Indian journal of veterinary science and animal husbandry - Volume 12,
Year: 1942
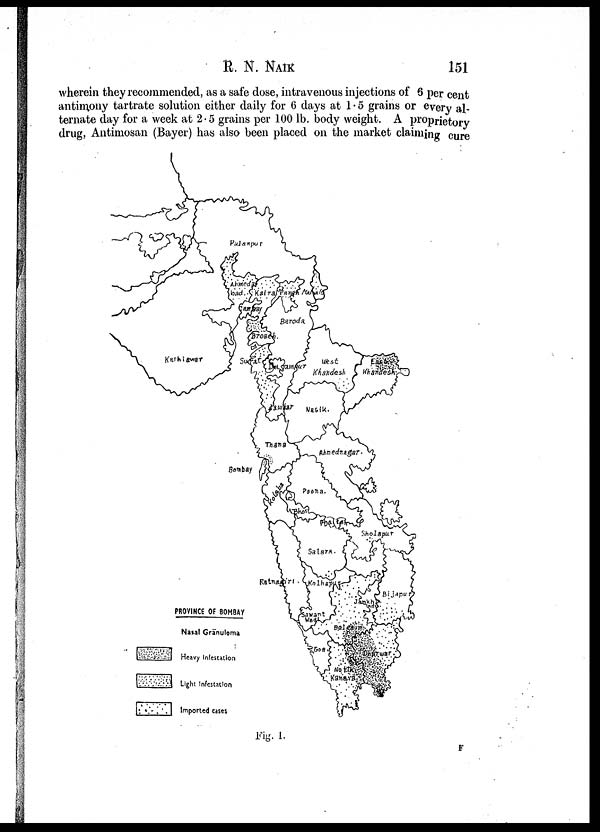
R. N. NAIK 151
wherein they recommended, as a safe dose, intravenous injections of 6 per cent
antimony tartrate solution either daily for 6 days at 1.5 grains or every al-
ternate day for a week at 2.5 grains per 100 lb. body weight. A proprietory
drug, Antimosan (Bayer) has also been placed on the market claiming cure
Fig. 1.
F